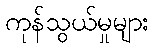
ကုန်သွယ်မှုများ